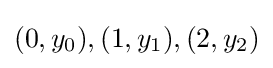
(0,y_{0}),(1,y_{1}),(2,y_{2})